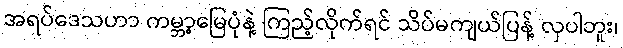
အရပ်ဒေသဟာ ကမ္ဘာ့မြေပုံနဲ့ ကြည့်လိုက်ရင် သိပ်မကျယ်ပြန့် လှပါဘူး၊